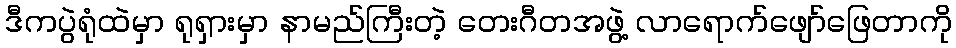
ဒီကပွဲရုံထဲမှာ ရုရှားမှာ နာမည်ကြီးတဲ့ တေးဂီတအဖွဲ့ လာရောက်ဖျော်ဖြေတာကို